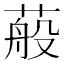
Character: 蒰